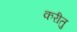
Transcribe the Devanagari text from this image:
करीतु